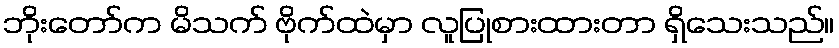
ဘိုးတော်က မိသက် ဗိုက်ထဲမှာ လူပြုစားထားတာ ရှိသေးသည်။